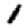
Digit: 1